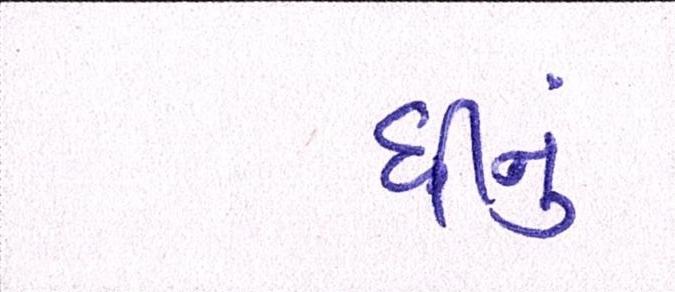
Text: ઘીનું